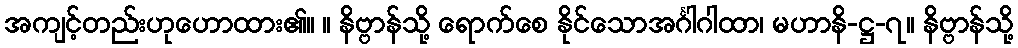
အကျင့်တည်းဟုဟောထား၏။ ။ နိဗ္ဗာန်သို့ ရောက်စေ နိုင်သောအင်္ဂါဂါထာ၊ မဟာနိ-ဋ္ဌ-၇။ နိဗ္ဗာန်သို့